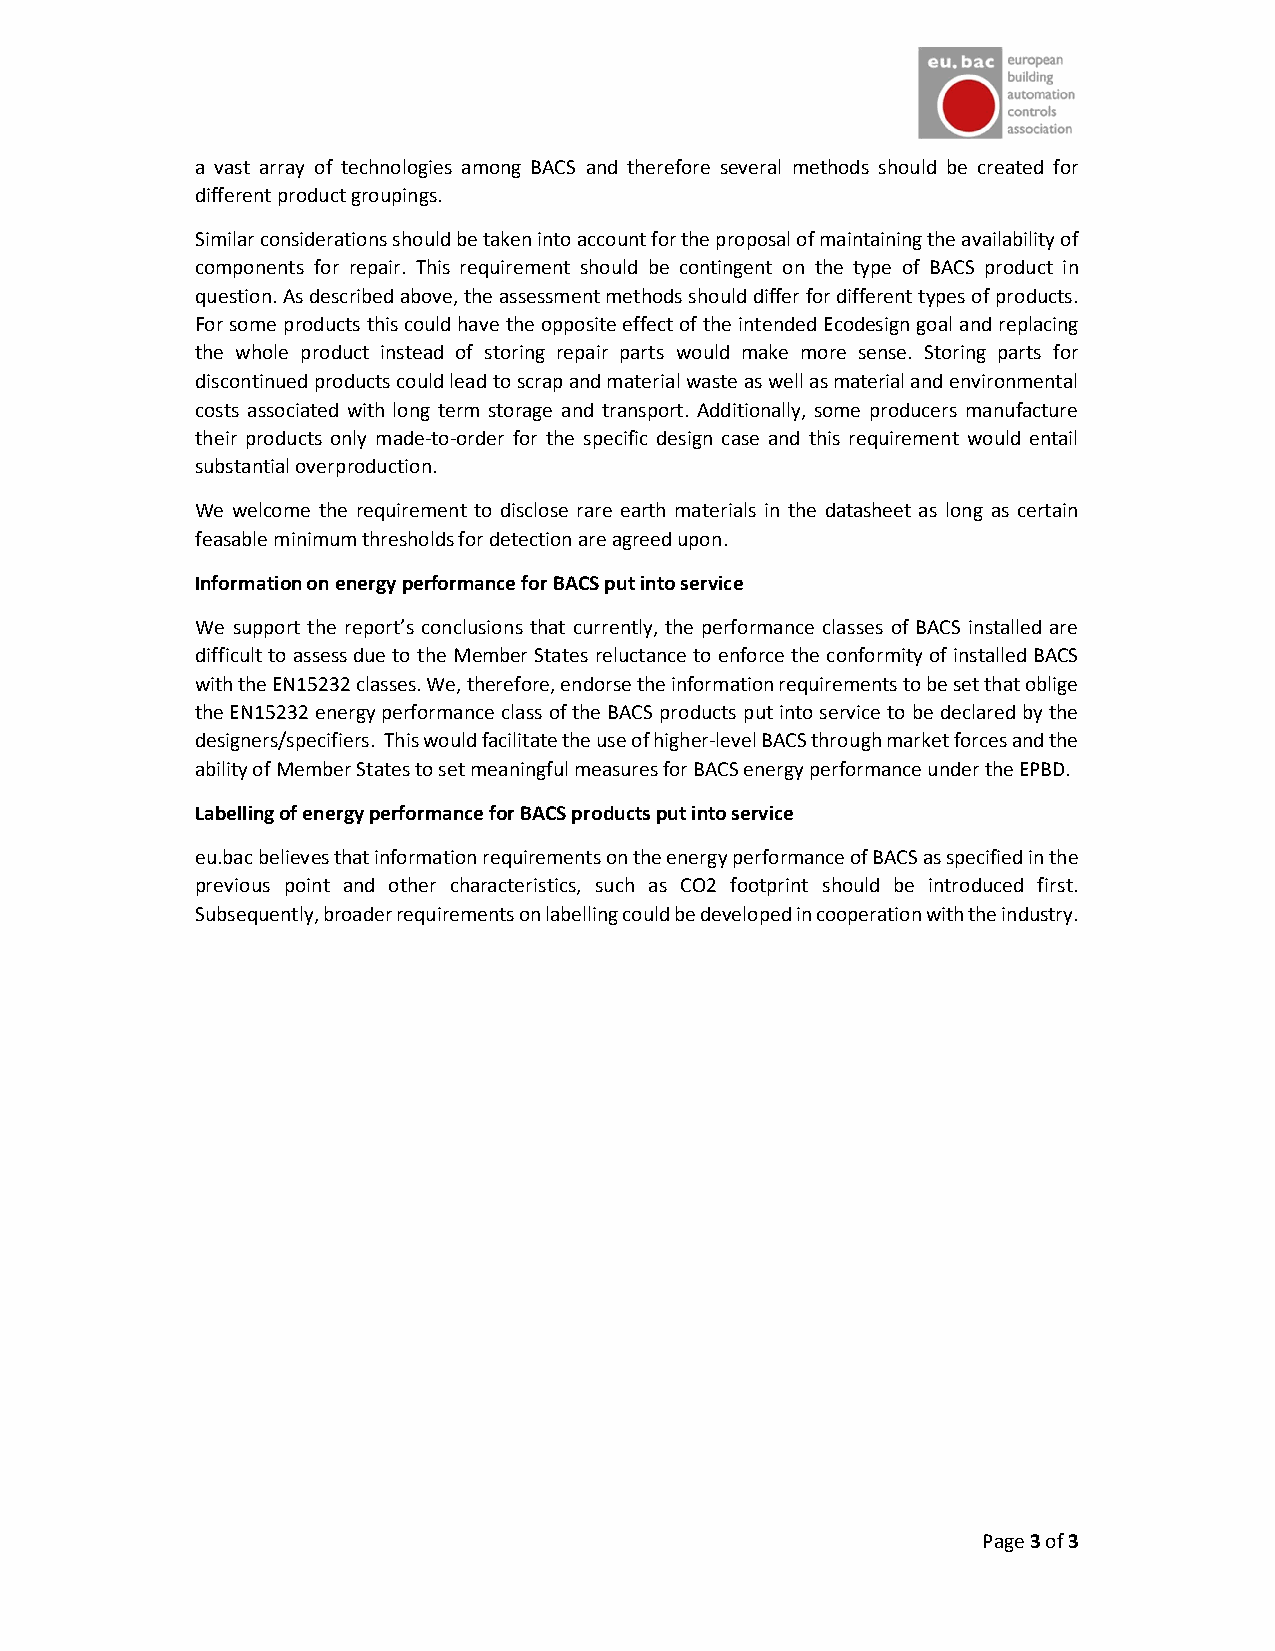
a vast array of technologies among BACS and therefore several methods should be created for
 different product groupings.
 Similar considerations should be taken into account for the proposal of maintaining the availability of
 components for repair. This requirement should be contingent on the type of BACS product in
 question. As described above, the assessment methods should differ for different types of products.
 For some products this could have the opposite effect of the intended Ecodesign goal and replacing
 the whole product instead of storing repair parts would make more sense. Storing parts for
 discontinued products could lead to scrap and material waste as well as material and environmental
 costs associated with long term storage and transport. Additionally, some producers manufacture
 their products only made-to-order for the specific design case and this requirement would entail
 substantial overproduction.
 We welcome the requirement to disclose rare earth materials in the datasheet as long as certain
 feasable minimum thresholds for detection are agreed upon.
 Information on energy performance for BACS put into service
 We support the report’s conclusions that currently, the performance classes of BACS installed are
 difficult to assess due to the Member States reluctance to enforce the conformity of installed BACS
 with the EN15232 classes. We, therefore, endorse the information requirements to be set that oblige
 the EN15232 energy performance class of the BACS products put into service to be declared by the
 designers/specifiers. This would facilitate the use of higher-level BACS through market forces and the
 ability of Member States to set meaningful measures for BACS energy performance under the EPBD.
 Labelling of energy performance for BACS products put into service
 eu.bac believes that information requirements on the energy performance of BACS as specified in the
 previous point and other characteristics, such as CO2 footprint should be introduced first.
 Subsequently, broader requirements on labelling could be developed in cooperation with the industry.
 Page 3 of 3